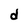
Character: d